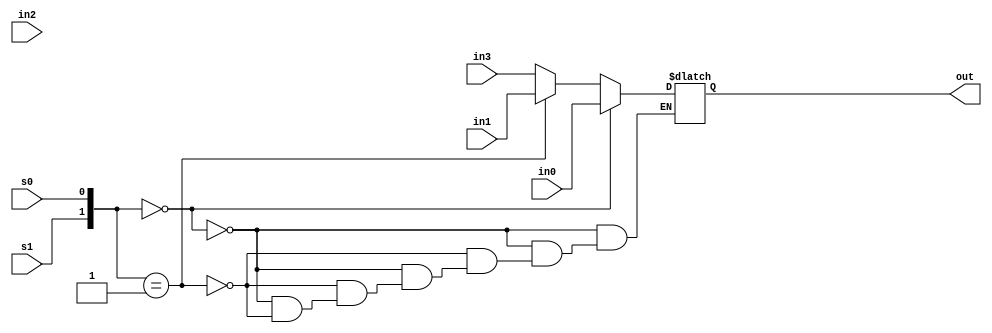
module MUX_4to1(out, in0,in1,in2,in3,s0,s1);
input in0,in1,in2,in3 ;
input s0,s1 ;
output out ;
reg out ; // no nets can be assigned with a value inside the behavioral block
//behavioral block 
/*always@(in0 or in1 or in2 or in3 or s0 or s1)
begin : selection_bits // block name is selection bits 
    case({s1,s0})
    2'd0: out = in0 ;
    2'd1: out = in1 ;
    2'd2: out = in2 ;
    2'd3: out = in3 ;
    default: out = 1'bx ;
    endcase 
end*/ 

// condition statement behavioral block 
always @(in0 or in1 or in2 or in3 or s0 or s1)
begin 
    if ({s1,s0}==00) out = in0 ;
    else if ( {s1,s0}==01) out = in1 ;
    else if ({s1,s0}==10 ) out = in2 ;
    else if ({s1,s0}==11 ) out = in3 ;
    else $display("invalid selection");
end 

endmodule